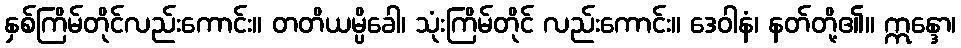
နှစ်ကြိမ်တိုင်လည်းကောင်း။ တတိယမ္ပိခေါ၊ သုံးကြိမ်တိုင် လည်းကောင်း။ ဒေဝါနံ၊ နတ်တို့၏။ ဣန္ဒော၊